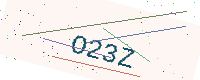
Text: O23Z